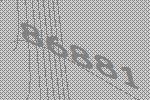
86881